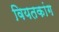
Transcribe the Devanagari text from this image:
वियतकांग